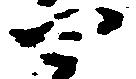
四